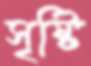
সৃষ্টি